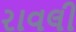
રાવલી